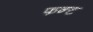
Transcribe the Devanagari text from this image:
फन्ट